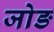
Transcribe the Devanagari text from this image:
जोङ